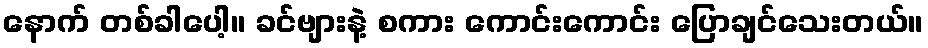
နောက် တစ်ခါပေါ့။ ခင်ဗျားနဲ့ စကား ကောင်းကောင်း ပြောချင်သေးတယ်။